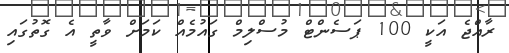
ރާއްޖެ އަކީ 100 ޕަސެންޓް މުސްލިމް ގައުމެއް ކަމަށް ވާތީ އެ ގޮތުގައި